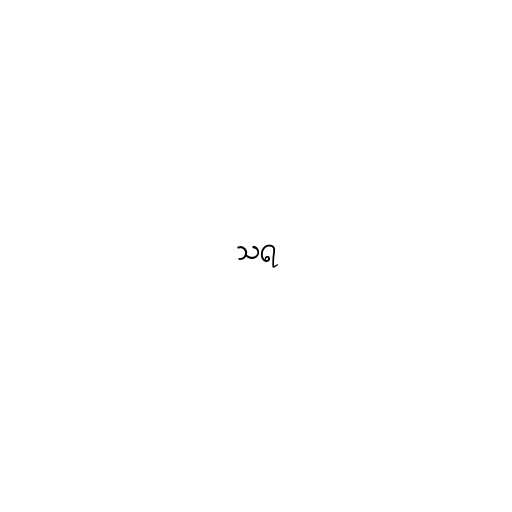
သရ